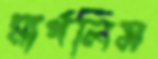
মার্গলিস